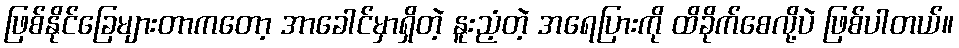
ဖြစ်နိုင်ခြေများတာကတော့ အာခေါင်မှာရှိတဲ့ နူးညံ့တဲ့ အရေပြားကို ထိခိုက်စေလို့ပဲ ဖြစ်ပါတယ်။